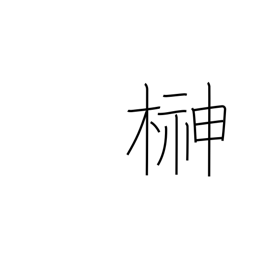
Meaning: sacred Shinto tree